Annual administration report of the Civil Veterinary Department of India - 1903-1904
Year: 1903
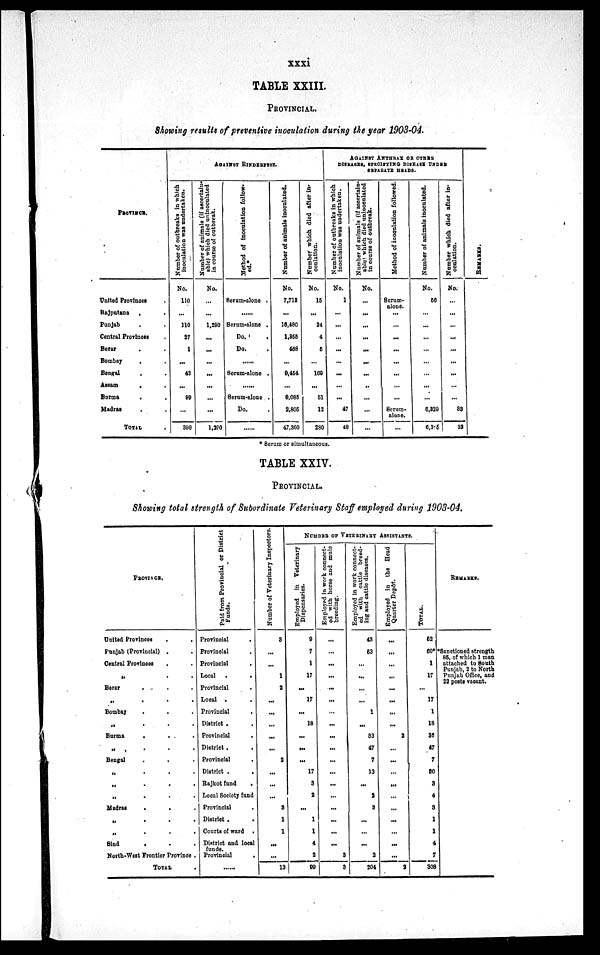
xxxi
TABLE XXIII.
PROVINCIAL.
Showing results of preventive inoculation during the year 1903-04.
PROVINCE.
United Provinces .
Rajputana . .
Punjab . .
Central Provinces .
Berar . .
Bombay . .
Bengal . .
Assam
.
.
Burma . .
Madras . .
TOTAL .
AGAINST RINDERPEST.
Number of outbreaks in which
inoculation was undertaken.
No.
110
...
110
27
1
...
43
...
99
...
390
Number of animals (if ascertain-
able) which died uninoculated
in course of outbreak.
No.
...
...
1,290
...
...
...
...
...
...
...
1,290
Method of inoculation follow-
ed.*
Serum-alone .
......
Serum-alone .
Do.
Do.
......
Serum-alone .
......
Serum-alone .
Do.
......
Number of animals inoculated.
No.
7,718
...
16,480
1,355
468
...
9,454
...
9,085
2,805
47,360
Number which died after in-
oculation.
No.
15
...
24
4
5
...
169
...
51
12
280
AGAINST ANTHRAX OR OTHER
DISEASES, SPECIFYING DISEASE UNDER
SEPARATE HEADS.
Number of outbreaks in which
inoculation was undertaken.
No.
1
...
...
...
...
...
...
...
...
47
48
Number of animals (if ascertain-
able which died uninoculated
in course of outbreak.
No.
...
...
...
...
...
...
...
...
...
...
...
Method of inoculation followed.
Serum¬
alone.
...
...
...
...
...
...
...
...
Serum¬
alone.
...
Number of animals inoculated.
No.
50
...
...
...
...
...
...
...
...
6,329
6,3 5
Number which died after in-
oculation.
No.
...
...
...
...
...
...
...
...
83
33
REMARKS.
* Serum or simultaneous.
TABLE XXIV.
PROVINCIAL.
Showing total strength of Subordinate Veterinary Staff employed during 1903-04.
PROVINCE.
United Provinces ..
Punjab (Provincial) ..
Central Provinces ..
„ ..
Berar...
..
..
Bombay ...
„ ..
Burma ... .
„ ...
Bengal ...
„ ...
„
...
„
...
Madras
„
...
„ ...
Sind ...
North-West Frontier Province.
TOTAL
Paid from Provincial or District
Funds.
Provincial
Provincial .
Provincial
Local
..
Provincial
Local ..
Provincial
.
District ..
Provincial
.
District ..
Provincial
District .
.
Rajkot fund .
Local Society fund
Provincial .
District .
Courts of ward .
District and local
funds.
Provincial
.
Number of Veterinary Inspectors.
3
...
...
1
2
...
...
...
...
...
2
...
...
...
3
1
1
...
...
13
NUMBER OF VETERINARY ASSISTANTS.
Employed in Veterinary
Dispensaries.
0
7
1
17
...
17
...
18
...
...
...
17
3
2
...
1
1
4
2
99
Employed in work connect-
ed with horse and mule
breeding.
...
...
...
...
...
...
...
...
...
...
...
...
...
...
...
...
...
...
3
3
Employed in work connect-
ed with cattle breed-
ing and cattle diseases.
43
53
...
... ...
...
...
1
...
83
47
7
13
...
2
3
...
...
...
2
204
Employed in the Head
Quarter Depôt.
...
...
...
... ...
...
...
...
...
2
...
...
...
...
...
...
...
...
...
...
3
TOTAL.
62
60*
1
17
...
17
1
18
35
47
7
80
3
4
3
1
1
4
7
308
REMARKS.
*Sanetioned strongth
85, of which 1 man
attached to South
Punjab, 2 to North
Punjab Office, and
22 posts vacant.